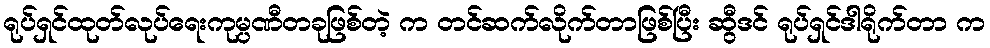
ရုပ်ရှင်ထုတ်လုပ်ရေးကုမ္ပဏီတခုဖြစ်တဲ့ က တင်ဆက်လိုက်တာဖြစ်ပြီး ဆွီဒင် ရုပ်ရှင်ဒါရိုက်တာ က